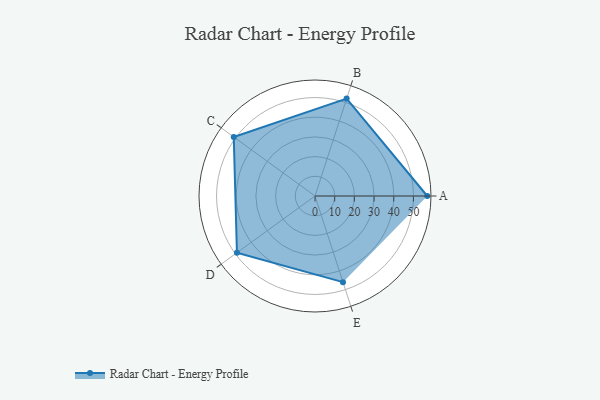
{"axis": {"x": "Skill", "y": "Score"}, "legend": ["Profile"], "data": [{"x": "A", "y": 57.0, "type": "Profile"}, {"x": "B", "y": 52.0, "type": "Profile"}, {"x": "C", "y": 51.0, "type": "Profile"}, {"x": "D", "y": 49.0, "type": "Profile"}, {"x": "E", "y": 46.0, "type": "Profile"}]}